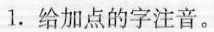
l。给加点的字注音。